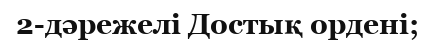
2-дәрежелі Достық ордені;